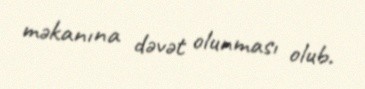
məkanına dəvət olunması olub.